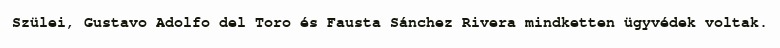
Szülei, Gustavo Adolfo del Toro és Fausta Sánchez Rivera mindketten ügyvédek voltak.